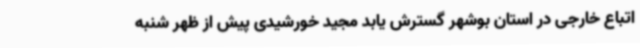
اتباع خارجی در استان بوشهر گسترش یابد مجید خورشیدی پیش از ظهر شنبه